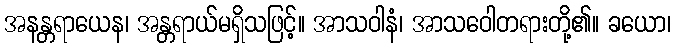
အနန္တရာယေန၊ အန္တရာယ်မရှိသဖြင့်။ အာသဝါနံ၊ အာသဝေါတရားတို့၏။ ခယော၊